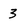
Character: 3